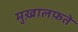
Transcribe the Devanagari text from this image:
मुख़ालफ़ते